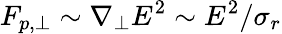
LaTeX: F_{p,\perp}\sim\nabla_{\perp}E^{2}\sim E^{2}/\sigma_{r}